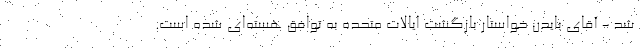
شد - آقای بایدن خواستار بازگشت ایالات متحده به توافق هسته‌ای شده است.